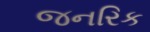
જનરિક